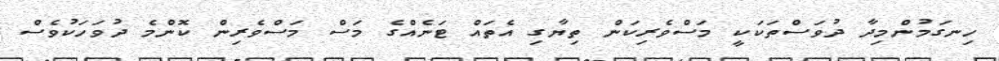
ހިނގަމުންމިދާ ދުވަސްތަކަކީ މަސްވެރިކަން ތިޔާގި އެތައް ޓަނެއްގެ މަސް މަސްވެރިން ކޮންމެ ދުވަހަކުވެސް